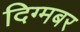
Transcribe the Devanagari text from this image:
दिग्मबर